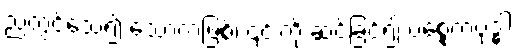
ညတွင်သေ၍ သောကဖြစ်၊ ၎င်းကို ဆင်ခြင်၍ ပစ္စေကဗုဒ္ဓါ